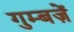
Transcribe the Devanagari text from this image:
गुम्बज़ें